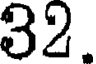
32.